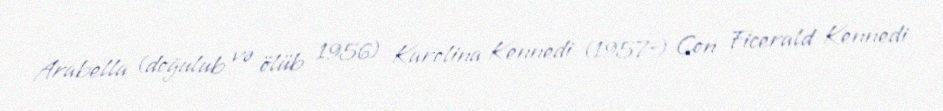
Arabella (doğulub və ölüb 1956) Karolina Kennedi (1957-) Con Ficerald Kennedi